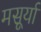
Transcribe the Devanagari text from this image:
मसूर्या